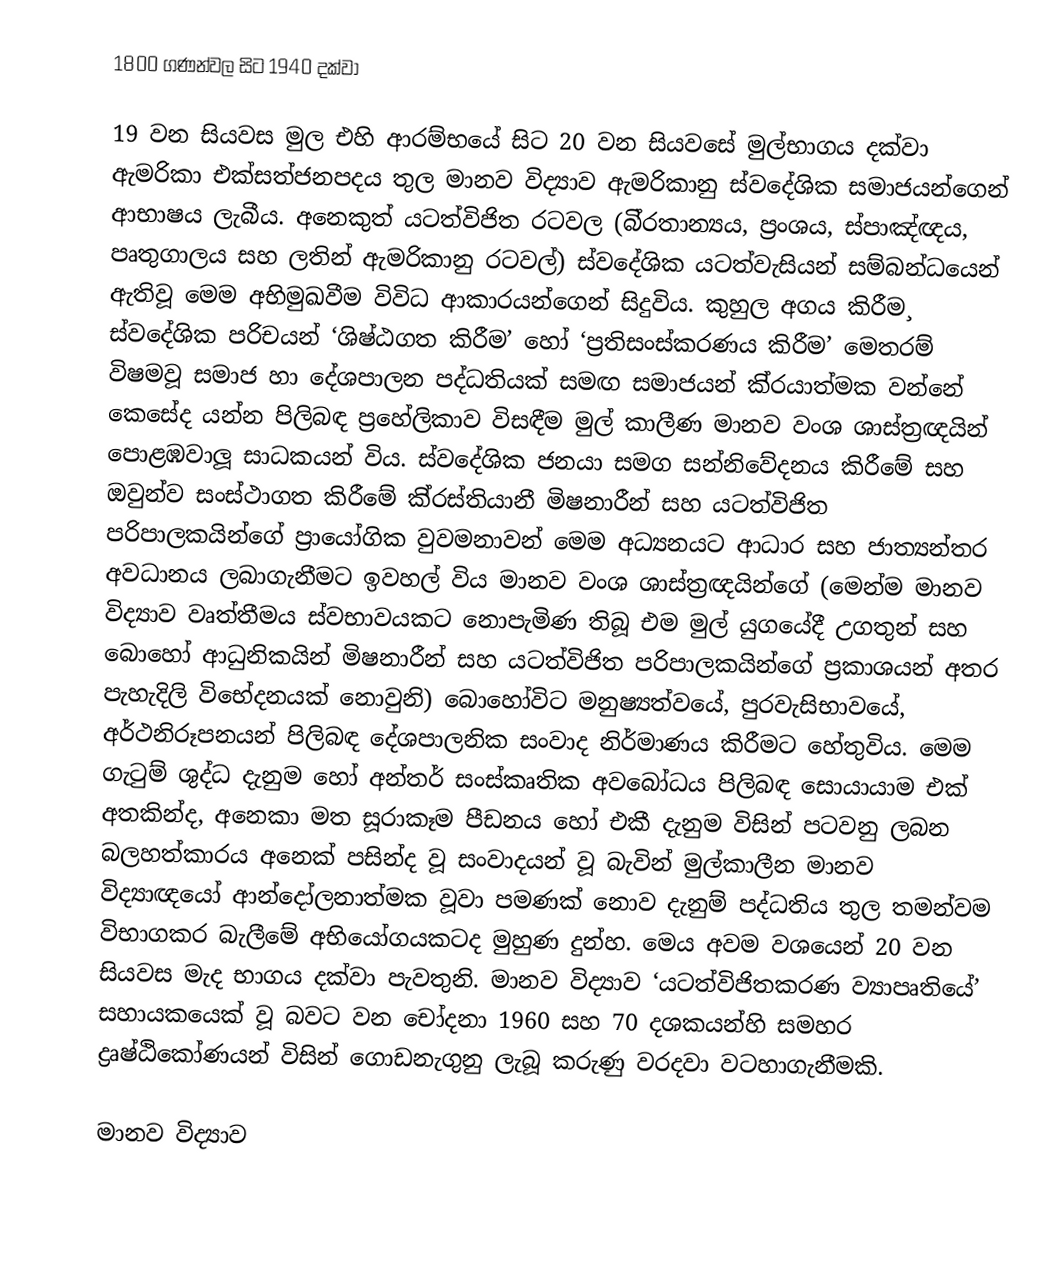
1800 ගණන්වල සිට 1940 දක්වා

19 වන සියවස මුල එහි ආරම්භයේ සිට 20 වන සියවසේ මුල්භාගය දක්වා ඇමරිකා එක්සත්ජනපදය තුල මානව විද්‍යාව ඇමරිකානු ස්වදේශික සමාජයන්ගෙන් ආභාෂය ලැබීය. අනෙකුත් යටත්විජිත රටවල (බි‍්‍රතාන්‍යය, ප‍්‍රංශය, ස්පාඤ්ඥය, පෘතුගාලය සහ ලතින් ඇමරිකානු රටවල්) ස්වදේශික යටත්වැසියන් සම්බන්ධයෙන් ඇතිවූ මෙම අභිමුඛවීම විවිධ ආකාරයන්ගෙන් සිදුවිය. කුහුල අගය කිරීම¸ ස්වදේශික පරිචයන් ‘ශිෂ්ඨගත කිරීම’ හෝ ‘ප‍්‍රතිසංස්කරණය කිරීම’ මෙතරම් විෂමවූ සමාජ හා දේශපාලන පද්ධතියක් සමඟ සමාජයන් කි‍්‍රයාත්මක වන්නේ කෙසේද යන්න පිලිබඳ ප‍්‍රහේලිකාව විසඳීම මුල් කාලීණ මානව වංශ ශාස්ත‍්‍රඥයින් පොළඹවාලූ සාධකයන් විය. ස්වදේශික ජනයා සමග සන්නිවේදනය කිරීමේ සහ ඔවුන්ව සංස්ථාගත කිරීමේ කි‍්‍රස්තියානී මිෂනාරීන් සහ යටත්විජිත පරිපාලකයින්ගේ ප‍්‍රායෝගික වුවමනාවන් මෙම අධ්‍යනයට ආධාර සහ ජාත්‍යන්තර අවධානය ලබාගැනීමට ඉවහල් විය මානව වංශ ශාස්ත‍්‍රඥයින්ගේ (මෙන්ම මානව විද්‍යාව වෘත්තීමය ස්වභාවයකට නොපැමිණ තිබූ එම මුල් යුගයේදී උගතුන් සහ බොහෝ ආධුනිකයින් මිෂනාරීන් සහ යටත්විජිත පරිපාලකයින්ගේ ප‍්‍රකාශයන් අතර පැහැදිලි විභේදනයක් නොවුනි) බොහෝවිට මනුෂ්‍යත්වයේ, පුරවැසිභාවයේ, අර්ථනිරූපනයන් පිලිබඳ දේශපාලනික සංවාද නිර්මාණය කිරීමට හේතුවිය. මෙම ගැටුම් ශුද්ධ දැනුම හෝ අන්තර් සංස්කෘතික අවබෝධය පිලිබඳ සොයායාම එක් අතකින්ද, අනෙකා මත සූරාකෑම පීඩනය හෝ එකී දැනුම විසින් පටවනු ලබන බලහත්කාරය අනෙක් පසින්ද වූ සංවාදයන් වූ බැවින් මුල්කාලීන මානව විද්‍යාඥයෝ ආන්දෝලනාත්මක වූවා පමණක් නොව දැනුම් පද්ධතිය තුල තමන්වම විභාගකර බැලීමේ අභියෝගයකටද මුහුණ දුන්හ. මෙය අවම වශයෙන් 20 වන සියවස මැද භාගය දක්වා පැවතුනි. මානව විද්‍යාව ‘යටත්විජිතකරණ ව්‍යාපෘතියේ’ සහායකයෙක් වූ බවට වන චෝදනා 1960 සහ 70 දශකයන්හි සමහර ද්‍රෘෂ්ඨිකෝණයන් විසින් ගොඩනැගුනු ලැබූ කරුණු වරදවා වටහාගැනීමකි.

 මානව විද්‍යාව